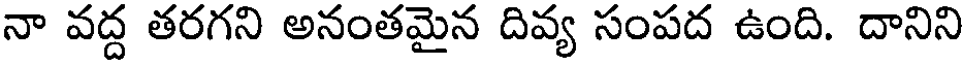
నా వద్ద తరగని అనంతమైన దివ్య సంపద ఉంది. దానిని